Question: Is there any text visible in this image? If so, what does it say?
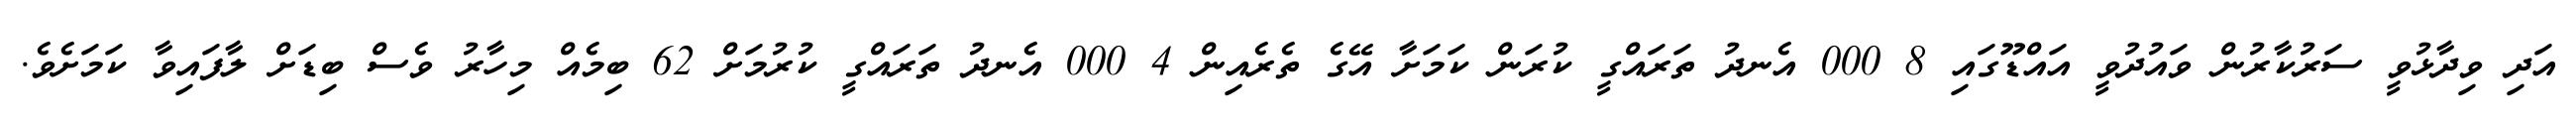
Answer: އަދި ވިދާޅުވީ ސަރުކާރުން ވައުދުވީ އައްޑޫގައި 8 000 އެނދު ތަރައްގީ ކުރަން ކަމަށާ އޭގެ ތެރެއިން 4 000 އެނދު ތަރައްގީ ކުރުމަށް 62 ބިމެއް މިހާރު ވެސް ބިޑަށް ލާފައިވާ ކަމަށެވެ.